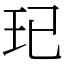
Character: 𤣱